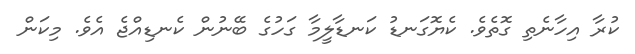
ކުރާ އިހާނެތި ގޮތެވެ. ކެޔޮގަނޑު ކަނޑާލީމާ ގަހުގެ ބޭނުން ކެނޑިއްޖެ އެވެ. މިކަން